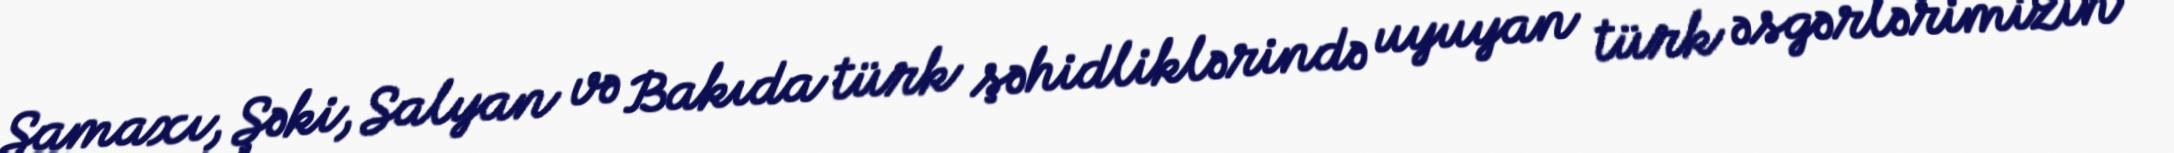
Şamaxı, Şəki, Salyan və Bakıda türk şəhidliklərində uyuyan türk əsgərlərimizin